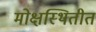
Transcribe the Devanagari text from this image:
मोक्षस्थितीत